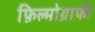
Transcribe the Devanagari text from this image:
फ़िल्मोग्राफी